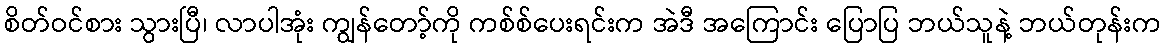
စိတ်ဝင်စား သွားပြီ၊ လာပါအုံး ကျွန်တော့်ကို ကစ်စ်ပေးရင်းက အဲဒီ အကြောင်း ပြောပြ ဘယ်သူနဲ့ ဘယ်တုန်းက